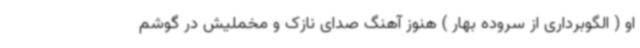
او ( الگوبرداری از سروده بهار ) هنوز آهنگ صدای نازک و مخملیش در گوشم